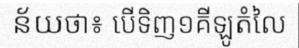
ន័យថា៖ បើទិញ១គីឡូតំលៃ